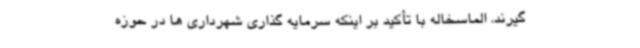
گیرند. الماسخاله با تأکید بر اینکه سرمایه گذاری شهرداری ها در حوزه